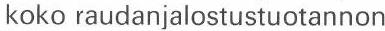
koko raudanjalostustuotannon